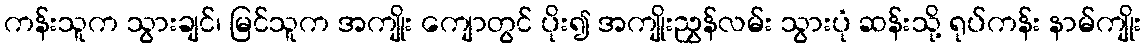
ကန်းသူက သွားချင်၊ မြင်သူက အကျိုး ကျောတွင် ပိုး၍ အကျိုးညွှန်လမ်း သွားပုံ ဆန်းသို့ ရုပ်ကန်း နာမ်ကျိုး